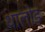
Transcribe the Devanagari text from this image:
थालोड्